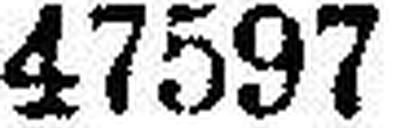
47597